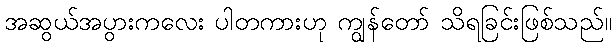
အဆွယ်အပွားကလေး ပါတကားဟု ကျွန်တော် သိရခြင်းဖြစ်သည်။